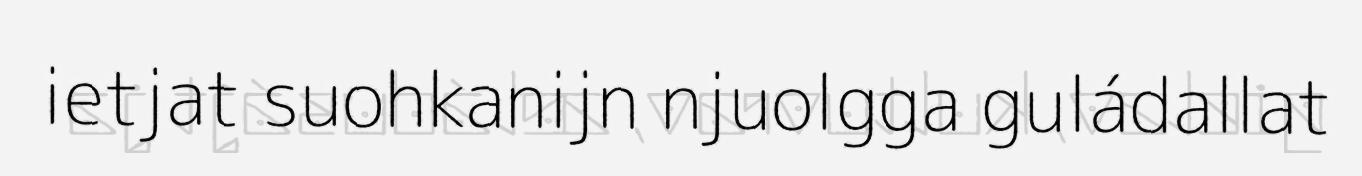
ietjat suohkanijn njuolgga guládallat